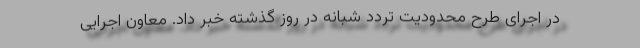
در اجرای طرح محدودیت تردد شبانه در روز گذشته خبر داد. معاون اجرایی